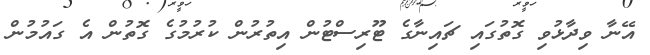
އޭނާ ވިދާޅުވި ގޮތުގައި ޗައިނާގެ ޓޫރިސްޓުން އިތުރުން ކުރުމުގެ ގޮތުން އެ ގައުމުން